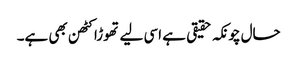
حال چونکہ حقیقی ہے اسی لیے تھوڑا کٹھن بھی ہے۔